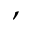
,